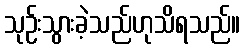
သုဉ်းသွားခဲ့သည်ဟုသိရသည်။